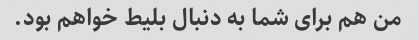
من هم برای شما به دنبال بلیط خواهم بود.